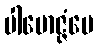
ပါမောဇ္ဇံပေ